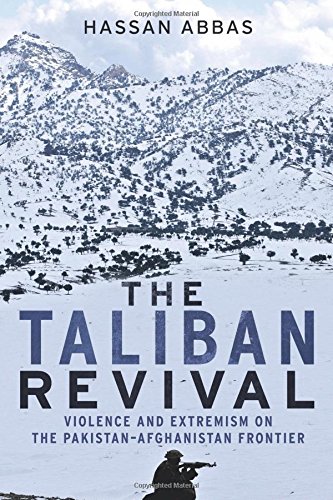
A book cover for The Taliban Revival: Violence and Extremism on the Pakistan-Afghanistan Frontier; Hassan Abbas; History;